Sanitation, dispensaries and jails vaccination Rajputana 1922-1927 - 1922-1927
Year: 1922
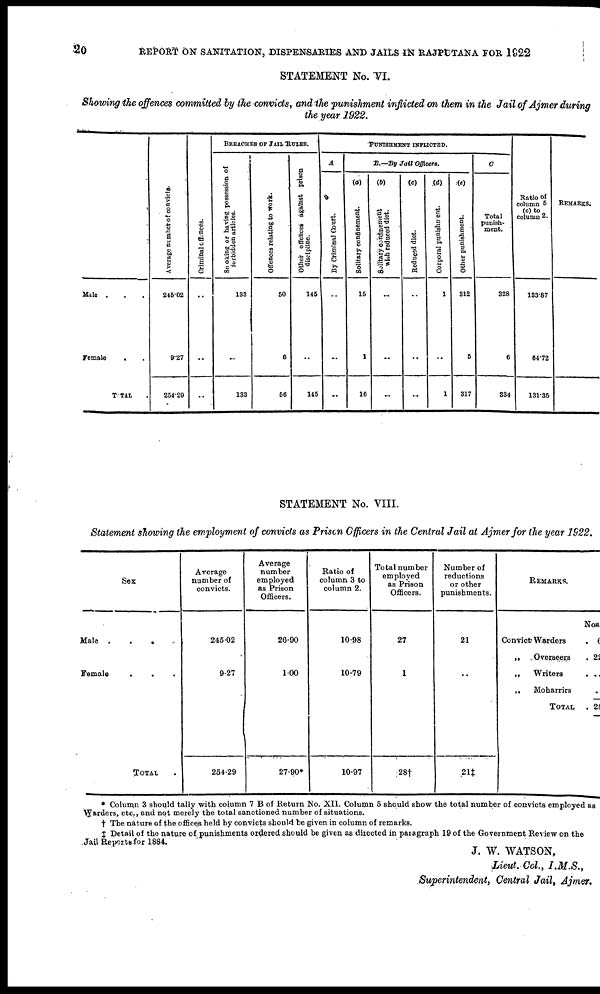
20
REPORT ON SANITATION, DISPENSARIES AND JAILS IN RAJPUTANA FOR 1922
STATEMENT No. VI.
Showing the offences committed by the convicts, and the punishment inflicted on them in the Jail of Ajmer durin
the year 1922.
Male . . .
Female .
.
TOTAL .
Average number of convicts.
245.02
9.27
254.20
Criminal offences.
..
..
..
BREACHES OF JAIL RULES.
Smoking or having possession of
forbidden articles.
133
..
133
Offences relating to work.
50
6
56
Other offences against prison
discipline.
145
..
145
PUNISHMENT INFLICTED.
A
By Criminal Court.
..
..
..
B.—By Jail Officers.
(a)
Solitary confinement.
15
1
16
(b)
Solitary confinement
with reduced diet.
..
..
..
(c)
Reduced diet.
..
..
..
(d)
Corporal punishment.
1
..
1
(e)
Other punishment.
312
5
317
C
Total
punish-
ment.
328
6
334
Ratio of
column 5
(c)to
column 2.
133.87
64.72
131.35
REMARKS.
STATEMENT No. VIII.
Statement showing the employment of convicts as Prison Officers in the Central Jail at Ajmer for the year 19
Sex
Male .
.
. .
Female . . .
TOTAL .
Average
number of
convicts.
245.02
9.27
254.29
Average
number
employed
as Prison
Officers.
26.90
1.00
27.90*
Ratio of
column 3 to
column 2.
10.98
10.79
10.97
Total number
employed
as Prison
Officers.
27
1
28†
Number of
reductions
or other
punishments.
21
..
21†
REMARKS.
Convict Warders .
„
Overseers .
Nos.
6
22
„
Writers
. . .
„
Moharrirs
..
TOTAL .
28
* Column 3 should tally with column 7 B of Return No. XII. Column 5 should show the total number of convicts employed as
Warders, etc., and not merely the total sanctioned number of situations.
† The nature of the offices held by convicts should be given in column of remarks.
‡ Detail of the nature of punishments ordered should be given as directed in paragraph 19 of the Government Review on the
Jail Reports for 1884.
J. W. WATSON,
Lieut. Col., I.M.S.,
Superintendent, Central Jail, Ajmer.